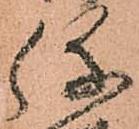
弥